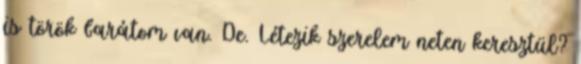
is török barátom van. De. Létezik szerelem neten keresztül?